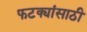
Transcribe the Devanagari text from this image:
फटक्यांसाठी